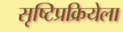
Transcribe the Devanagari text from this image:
सृष्टिप्रक्रियेला